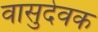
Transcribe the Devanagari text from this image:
वासुदेवक